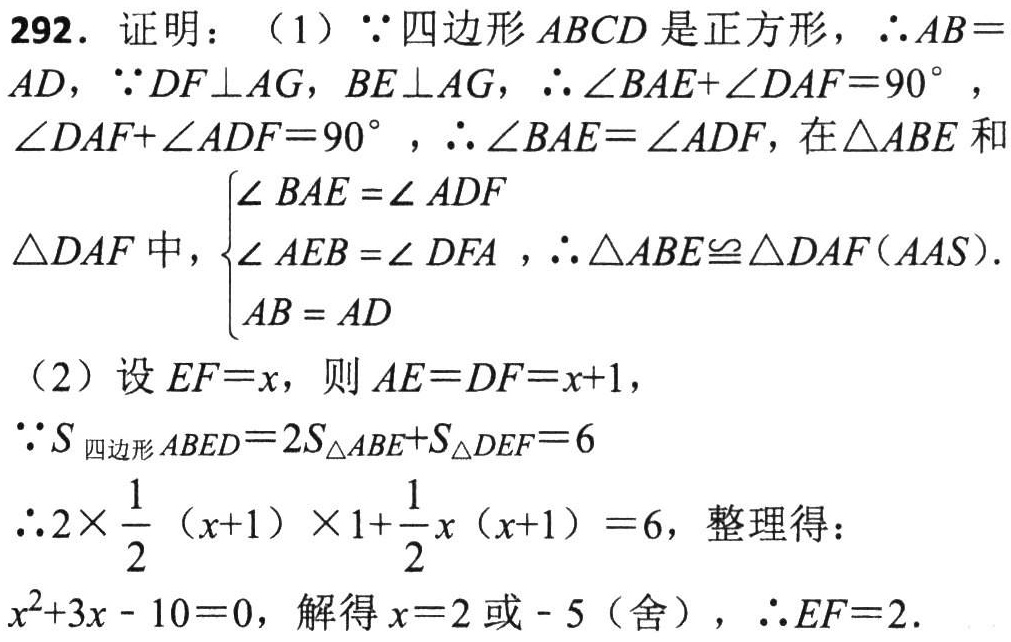
292. 证明：（1）\(\because\)四边形\(ABCD\)是正方形，\(\therefore AB = AD\)，\(\because DF\perp AG\)，\(BE\perp AG\)，\(\therefore\angle BAE+\angle DAF = 90^{\circ}\)，\(\angle DAF+\angle ADF = 90^{\circ}\)，\(\therefore\angle BAE=\angle ADF\)，在\(\triangle ABE\)和
\(\triangle DAF\)中，\(\begin{cases}\angle BAE=\angle ADF\\\angle AEB=\angle DFA\\AB = AD\end{cases}\)，\(\therefore\triangle ABE\cong\triangle DAF(AAS)\).
（2）设\(EF = x\)，则\(AE = DF=x + 1\)，
\(\because S_{四边形ABED}=2S_{\triangle ABE}+S_{\triangle DEF}=6\)
\(\therefore2\times\frac{1}{2}(x + 1)\times1+\frac{1}{2}x(x + 1)=6\)，整理得：
\(x^{2}+3x - 10 = 0\)，解得\(x = 2\)或\(-5\)（舍），\(\therefore EF = 2\).